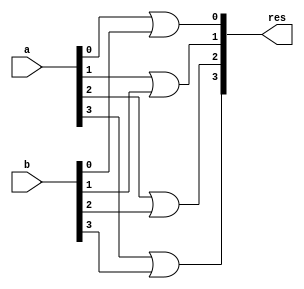
module fourbitor(input [3:0]a,input [3:0]b,output [3:0] res);

or or0(res[0],a[0],b[0]);
or or1(res[1],a[1],b[1]);
or or2(res[2],a[2],b[2]);
or or3(res[3],a[3],b[3]);

endmodule